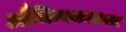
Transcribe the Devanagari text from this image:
औचित्यकाप्रश्न